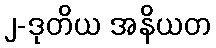
၂-ဒုတိယ အနိယတ